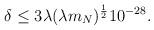
LaTeX: \begin{align*}\delta \leq 3\lambda (\lambda m_N)^{\frac{1}{2}} 10^{-28}.\end{align*}